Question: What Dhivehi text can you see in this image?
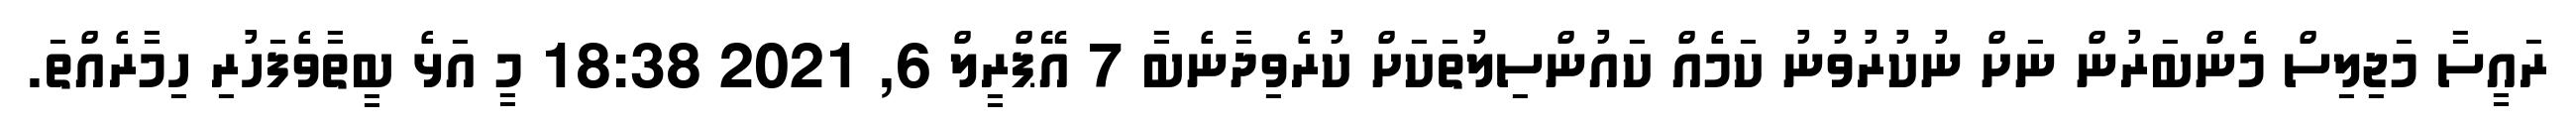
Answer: ރައީސާ މަޖިލިސް މެންބަރުން ނަށް ނުކުރުވުނު ކަމެއް ކައުންސިލުތަކަށް ކުރެވިދާނެބާ 7 އޭޕްރީލް 6, 2021 18:38 މީ އަޅެ ބީތާވެފަހުރި ހިމާރެއްތަ.